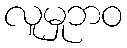
လူမှုဘဝ